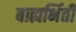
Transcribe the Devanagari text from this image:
बाह्यभिंती